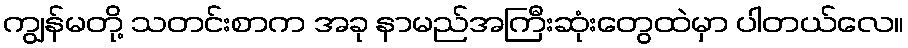
ကျွန်မတို့ သတင်းစာက အခု နာမည်အကြီးဆုံးတွေထဲမှာ ပါတယ်လေ။